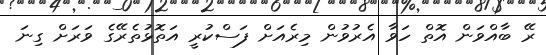
ރޭ ބާއްވަން އޮތް ހަވާ އެރުވުން މިރެއަށް ފަސްކުރީ އަތޮޅުތެރޭގެ ވަރަށް ގިނަ